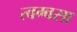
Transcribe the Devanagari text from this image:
त्वग्वसा